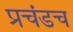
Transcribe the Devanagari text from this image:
प्रचंडच